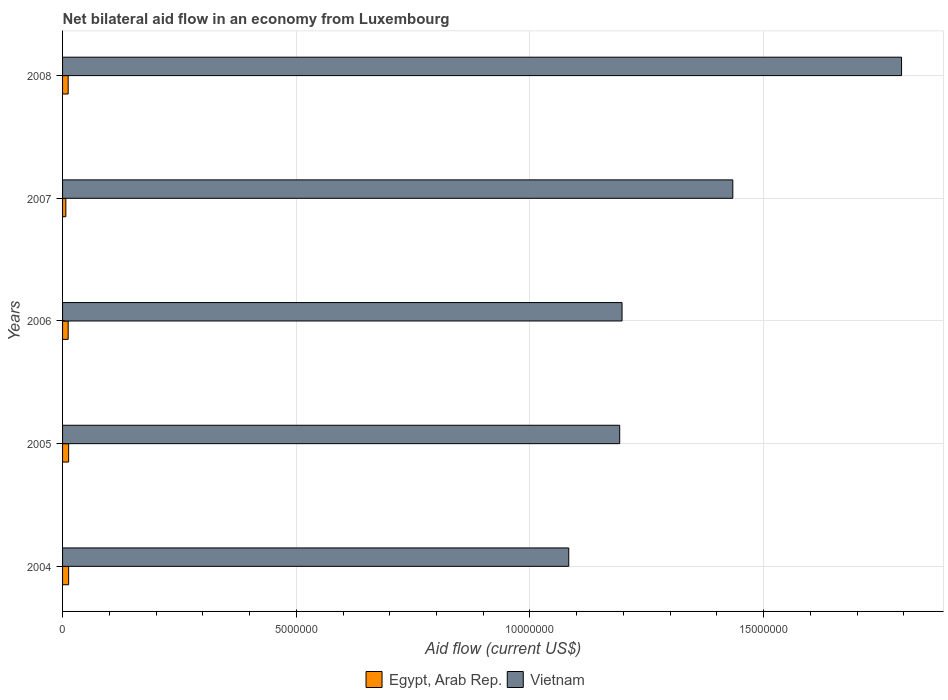
| Years | Egypt, Arab Rep. | Vietnam |
 | --- | --- | --- |
 | 2004 | 1.3e+05 | 1.08e+07 |
 | 2005 | 1.3e+05 | 1.19e+07 |
 | 2006 | 1.2e+05 | 1.2e+07 |
 | 2007 | 7e+04 | 1.43e+07 |
 | 2008 | 1.2e+05 | 1.8e+07 |